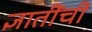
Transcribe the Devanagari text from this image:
ज्ञातींचीं